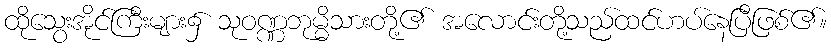
ထိုသွေးအိုင်ကြီးများ၌ သုဝဏ္ဏဘုမ္မိသားတို့၏ အလောင်းတို့သည်ထင်ဟပ်နေပြီဖြစ်၏။